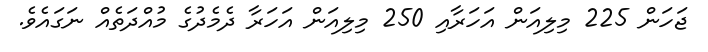
ޖަހަން 225 މިލިއަން އަހަރާއި 250 މިލިއަން އަހަރާ ދެމެދުގެ މުއްދަތެއް ނަގައެވެ.